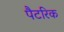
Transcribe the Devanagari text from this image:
पैटरिक